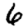
Digit: 6